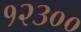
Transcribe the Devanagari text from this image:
१२३००